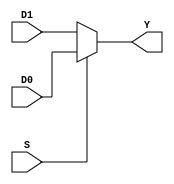
`timescale 1ns / 1ps
//////////////////////////////////////////////////////////////////////////////////
// Company: 
// Engineer: 
// 
// Design Name: 
// Module Name: mux
// Project Name: 
// Target Devices: 
// Tool Versions: 
// Description: 
// 
// Dependencies: 
// 
// Revision:
// Revision 0.01 - File Created
// Additional Comments:
// 
//////////////////////////////////////////////////////////////////////////////////


module mux
#(parameter WIDTH=2)
(
 input [WIDTH-1:0] D0,
 input [WIDTH-1:0] D1,
 input S,
 output [WIDTH-1:0] Y
);

   assign Y = S ? D0 : D1; 
    
endmodule